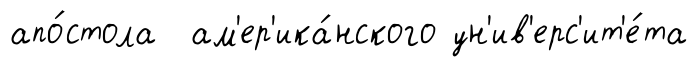
апо́стола ам'ер'ика́нского ун'ив'ерс'ит'е́та